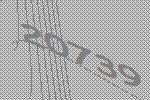
20739